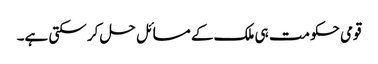
قومی حکومت ہی ملک کے مسائل حل کر سکتی ہے۔